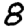
Digit: 8